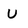
Character: U